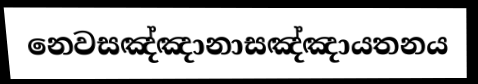
නෙවසඤ්ඤානාසඤ්ඤායතනය